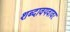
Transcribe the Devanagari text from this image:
शब्दावयवावर